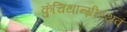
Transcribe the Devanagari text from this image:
कुंचिथान्ग्रीस्थवं